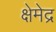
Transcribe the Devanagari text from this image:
क्षेमेद्र